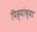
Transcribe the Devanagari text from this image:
पिढ्यांच्‍या